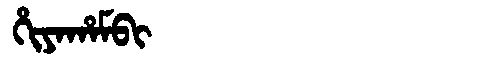
Manchu: ᡥᡳᠶᠠᡥᠠᠮᠪᡳ
Romanization: HIYAHAMBI